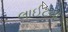
લાઈટના